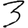
Digit: 3